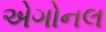
એગોનલ